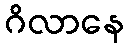
ဂိလာနေ